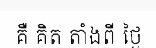
គឺ គិត តាំងពី ថ្ងៃ